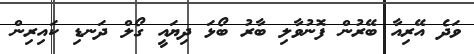
ވަދެ އޭރިއާ ބޭރުން ފޮނުވާލި ބާރު ބޯޅަ ދިޔައީ ގޯލް ދަނޑި ކައިރިން